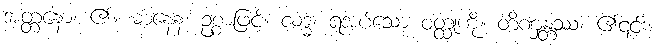
အတ္တနော၊ ၏။ ဓာနေန၊ ဥစ္စာဖြင့်။ လဒ္ဓံ၊ ရအပ်သော ဝတ္ထုကို။ တိဏှန္တဿ၊ ၏၎င်း။